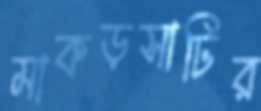
মাকড়সাটির